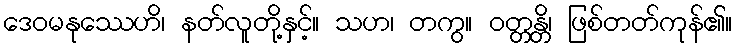
ဒေဝမနုဿေဟိ၊ နတ်လူတို့နှင့်။ သဟ၊ တကွ။ ဝတ္တန္တိ၊ ဖြစ်တတ်ကုန်၏။